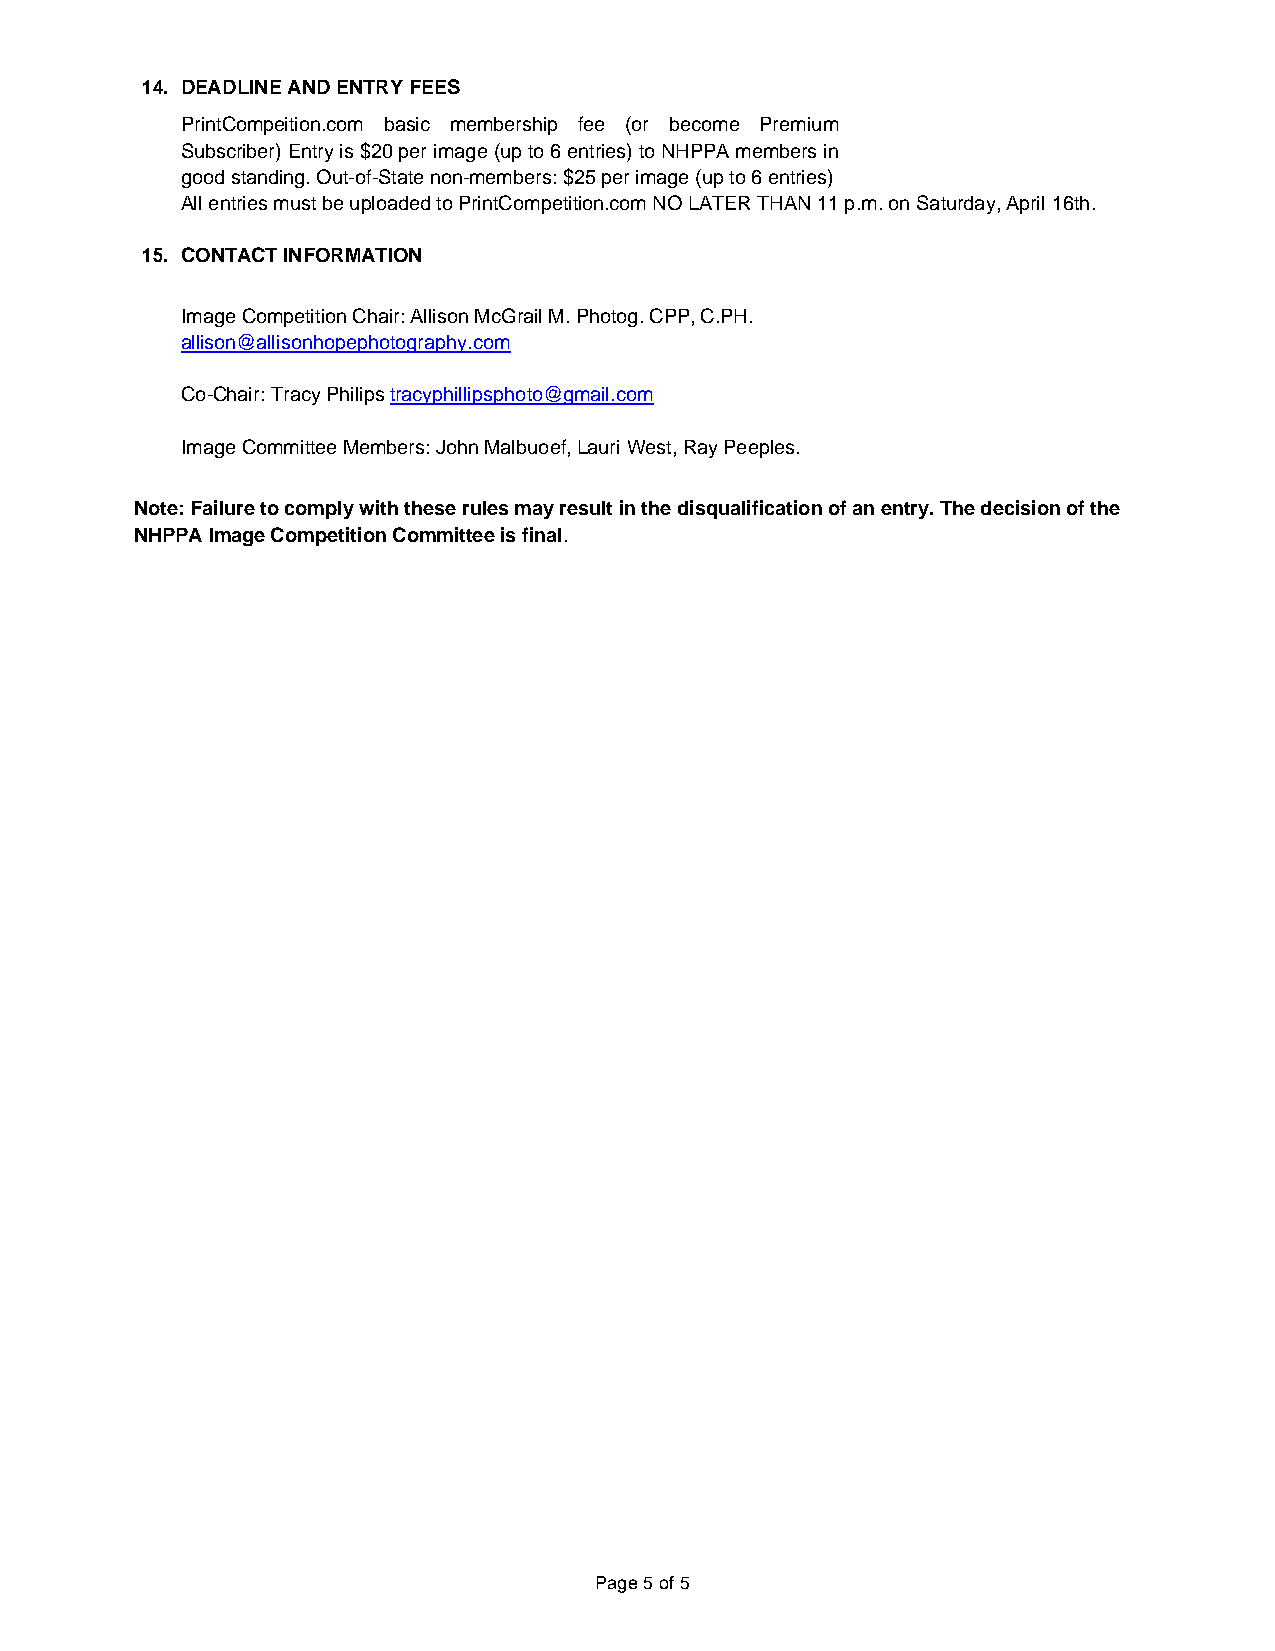
14. DEADLINE AND ENTRY FEES
 PrintCompeition.com basic membership fee (or become Premium
 Subscriber) Entry is $20 per image (up to 6 entries) to NHPPA members in
 good standing. Out-of-State non-members: $25 per image (up to 6 entries)
 All entries must be uploaded to PrintCompetition.com NO LATER THAN 11 p.m. on Saturday, April 16th.
 15. CONTACT INFORMATION
 Image Competition Chair: Allison McGrail M. Photog. CPP, C.PH.
 allison@allisonhopephotography.com
 Co-Chair: Tracy Philips tracyphillipsphoto@gmail.com
 Image Committee Members: John Malbuoef, Lauri West, Ray Peeples.
 Note: Failure to comply with these rules may result in the disqualification of an entry. The decision of the
 NHPPA Image Competition Committee is final.
 Page 5 of 5